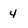
Character: 4